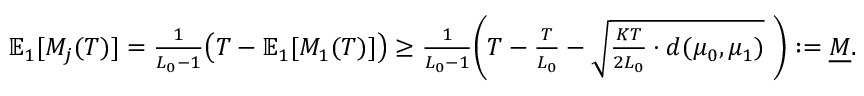
\begin{array} { r } { \mathbb { E } _ { 1 } [ M _ { j } ( T ) ] = \frac { 1 } { L _ { 0 } - 1 } \big ( T - \mathbb { E } _ { 1 } [ M _ { 1 } ( T ) ] \big ) \ge \frac { 1 } { L _ { 0 } - 1 } \Bigg ( T - \frac { T } { L _ { 0 } } - \sqrt { \frac { K T } { 2 L _ { 0 } } \cdot d ( \mu _ { 0 } , \mu _ { 1 } ) } ~ \Bigg ) : = \underline { { M } } . } \end{array}